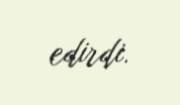
edirdi.